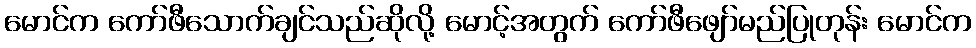
မောင်က ကော်ဖီသောက်ချင်သည်ဆိုလို့ မောင့်အတွက် ကော်ဖီဖျော်မည်ပြုတုန်း မောင်က